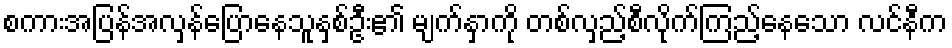
စကားအပြန်အလှန်ပြောနေသူနှစ်ဦး၏ မျက်နှာကို တစ်လှည့်စီလိုက်ကြည့်နေသော လင်နီက